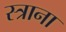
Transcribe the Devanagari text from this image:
स्त्राना